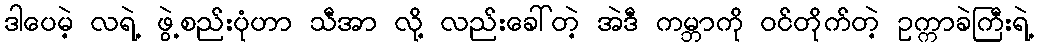
ဒါပေမဲ့ လရဲ့ ဖွဲ့စည်းပုံဟာ သီအာ လို့ လည်းခေါ်တဲ့ အဲဒီ ကမ္ဘာကို ဝင်တိုက်တဲ့ ဥက္ကာခဲကြီးရဲ့